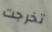
تخرجت